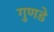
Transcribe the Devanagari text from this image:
गुणडे